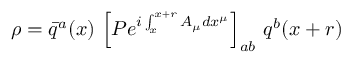
\rho = \bar { q } ^ { a } ( x ) \, \left[ P e ^ { i \int _ { x } ^ { x + r } A _ { \mu } d x ^ { \mu } } \right] _ { a b } \, q ^ { b } ( x + r )